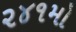
૨૪૧મો